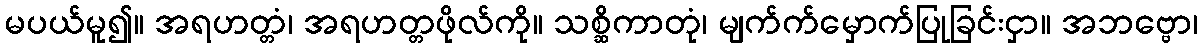
မပယ်မူ၍။ အရဟတ္တံ၊ အရဟတ္တဖိုလ်ကို။ သစ္ဆိကာတုံ၊ မျက်က်မှောက်ပြုခြင်းငှာ။ အဘဗ္ဗော၊